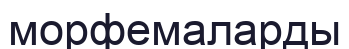
морфемаларды